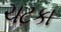
ચટકા